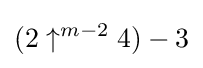
(2\uparrow ^{m-2}4)-3